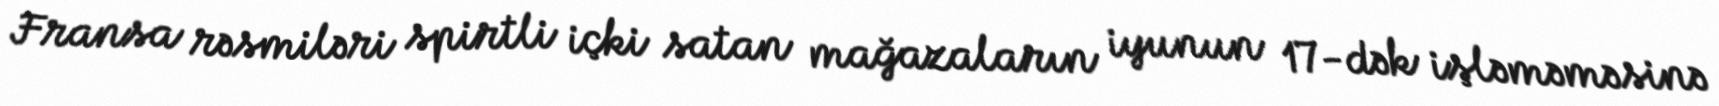
Fransa rəsmiləri spirtli içki satan mağazaların iyunun 17-dək işləməməsinə